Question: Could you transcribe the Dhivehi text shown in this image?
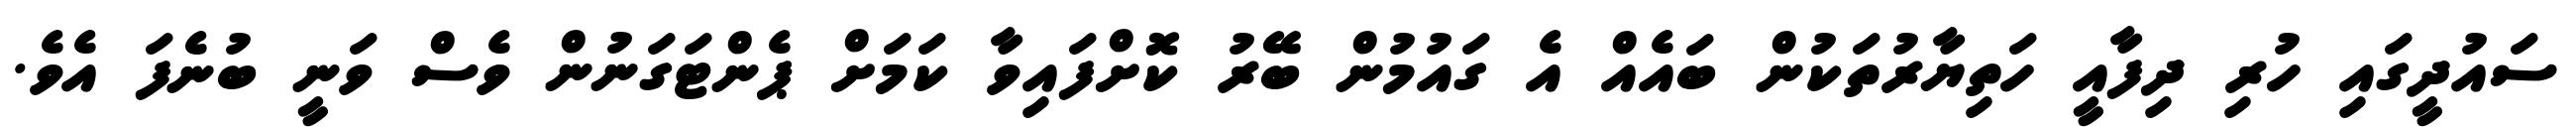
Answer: ސައުދީގައި ހުރި ދިފާއީ ހަތިޔާރުތަކުން ބައެއް އެ ގައުމުން ބޭރު ކޮށްފައިވާ ކަމަށް ޕެންޓަގަނުން ވެސް ވަނީ ބުނެފަ އެވެ.